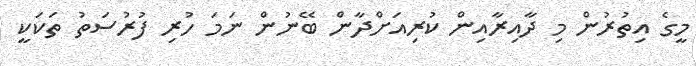
މީގެ އިތުރުން މި ދާއިރާއިން ކުރިއަށްދާން ބޭނުން ނަމަ ހުރި ފުރުސަތު ތަކަކީ